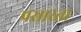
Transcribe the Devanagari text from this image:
पसारता